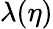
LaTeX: \lambda(\eta)